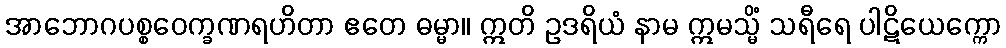
အာဘောဂပစ္စဝေက္ခဏရဟိတာ ဧတေ ဓမ္မာ။ ဣတိ ဥဒရိယံ နာမ ဣမသ္မိံ သရီရေ ပါဋိယေက္ကော